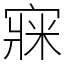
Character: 㝥